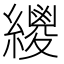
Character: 𦆛